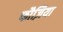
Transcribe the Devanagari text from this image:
फौज़िया